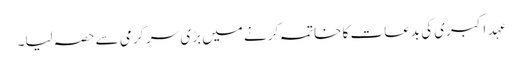
عہدِ اکبری کی بدعات کا خاتمہ کرنے میں بڑی سرگرمی سے حصہ لیا۔